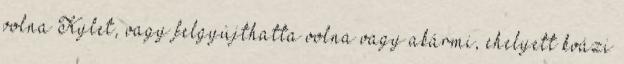
volna Kylet, vagy felgyújthatta volna vagy akármi, ehelyett kvázi